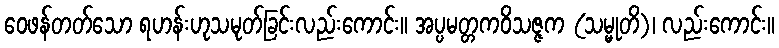
ဝေဖန်တတ်သော ရဟန်းဟုသမုတ်ခြင်းလည်းကောင်း။ အပ္ပမတ္တကဝိသဇ္ဇက (သမ္မုတိ)၊ လည်းကောင်း။